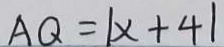
A Q = \vert x + 4 \vert